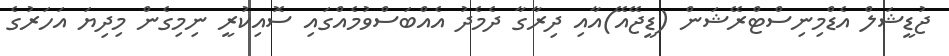
ޖުޑީޝަލް އެޑްމިނިސްޓްރޭޝަން (ޑީޖޭއޭ)އާއި ދިރާގާ ދެމެދު އެއްބަސްވުމެއްގައި ސޮއިކުރީ ނިމިގެން މިދިޔަ އަހަރުގެ